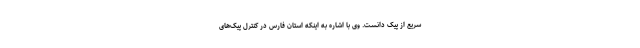
سریع از پیک دانست. وی با اشاره به اینکه استان فارس در کنترل پیک‌های